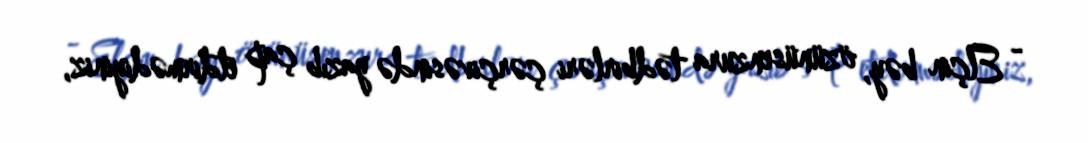
- Elçin bəy, özünüsenzura tədbirləri çərçivəsində yazıb çap etdirmədiyiniz,